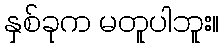
နှစ်ခုက မတူပါဘူး။